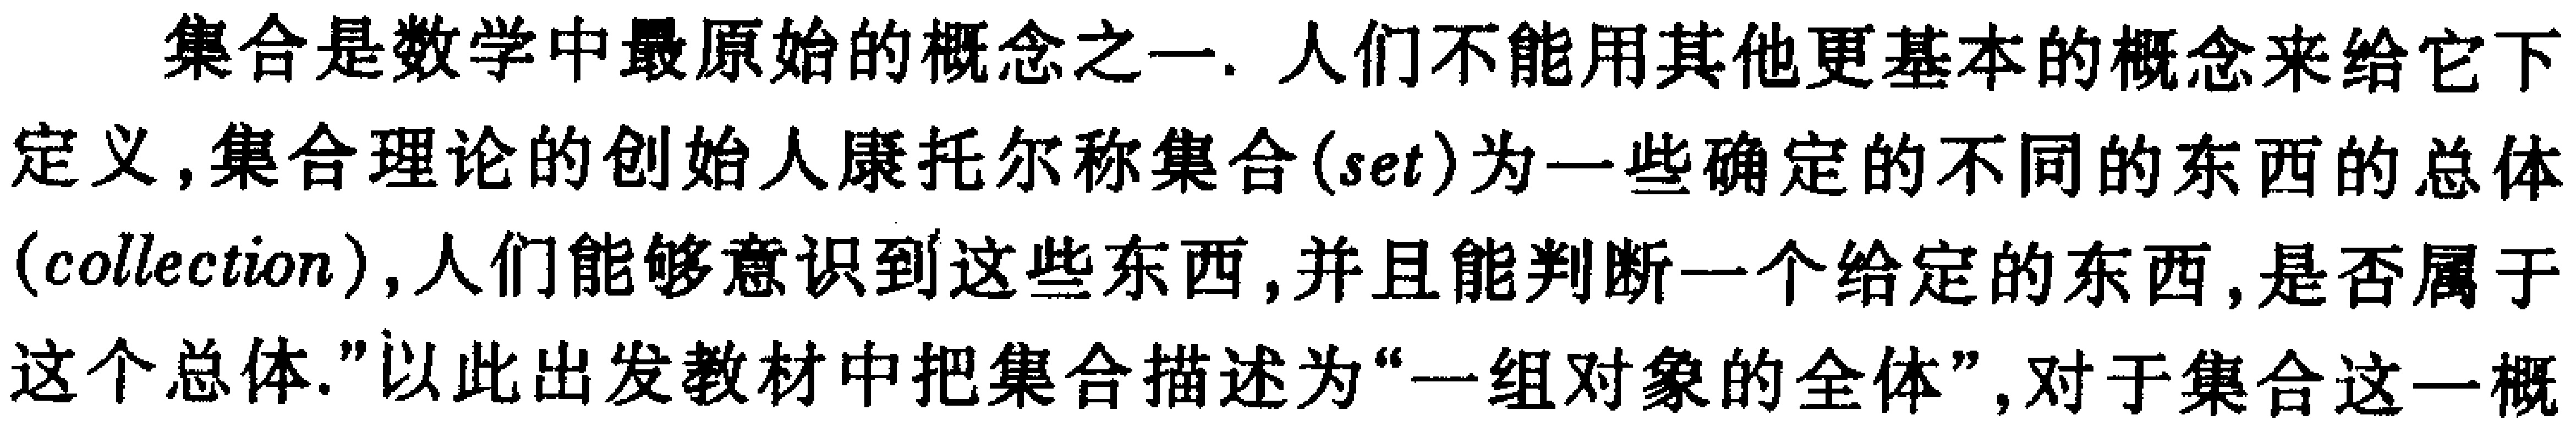
集合是数学中最原始的概念之一. 人们不能用其他更基本的概念来给它下定义, 集合理论的创始人康托尔称集合(set)为一些确定的不同的东西的总体(collection), 人们能够意识到这些东西, 并且能判断一个给定的东西, 是否属于这个总体."以此出发教材中把集合描述为“一组对象的全体”, 对于集合这一概